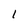
Character: 1